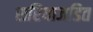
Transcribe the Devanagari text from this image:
सरियाजडित